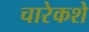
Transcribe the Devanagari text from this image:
चारेकशे